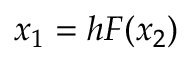
x _ { 1 } = h F ( x _ { 2 } )